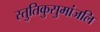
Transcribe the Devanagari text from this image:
स्तुतिकुसुमांजलि